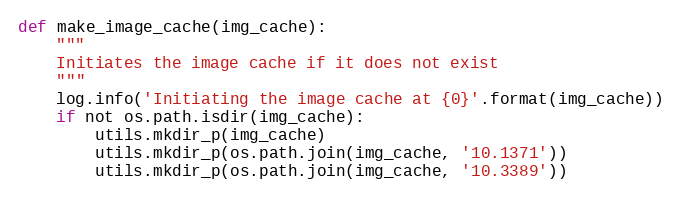
Language: Python
def make_image_cache(img_cache):
    """
    Initiates the image cache if it does not exist
    """
    log.info('Initiating the image cache at {0}'.format(img_cache))
    if not os.path.isdir(img_cache):
        utils.mkdir_p(img_cache)
        utils.mkdir_p(os.path.join(img_cache, '10.1371'))
        utils.mkdir_p(os.path.join(img_cache, '10.3389'))